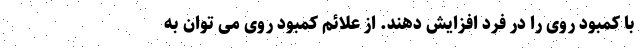
با کمبود روی را در فرد افزایش دهند. از علائم کمبود روی می توان به